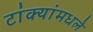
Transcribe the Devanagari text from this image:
टांक्यांमधले